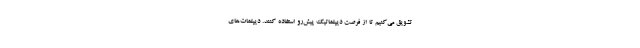
تشویق می‌کنیم تا از فرصت دیپلماتیک پیش‌رو استفاده کنند. دیپلمات‌های